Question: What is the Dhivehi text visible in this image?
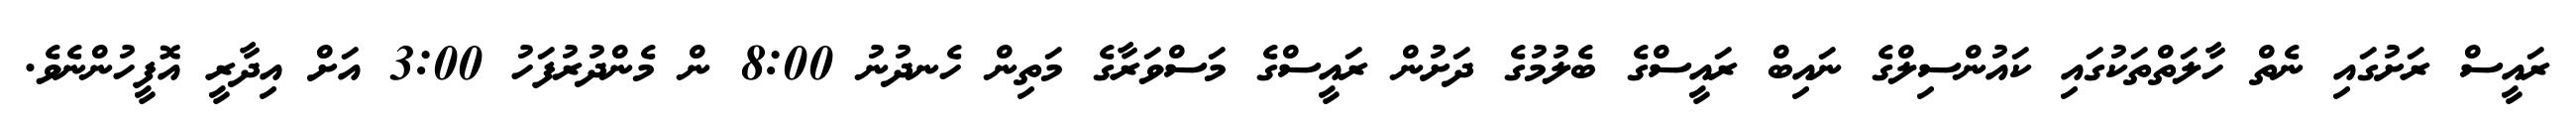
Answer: ރައީސް ރަށުގައި ނެތް ހާލަތްތަކުގައި ކައުންސިލްގެ ނައިބް ރައީސްގެ ބެލުމުގެ ދަށުން ރައީސްގެ މަސްވަރާގެ މަތިން ހެނދުނު 8:00 ން މެންދުރުފަހު 3:00 އަށް އިދާރީ އޮފީހުންނެވެ.